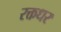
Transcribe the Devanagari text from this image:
रक्तधर